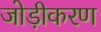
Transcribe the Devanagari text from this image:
जोड़ीकरण